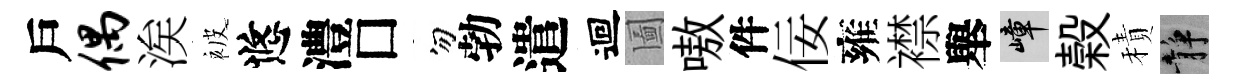
戶偶涘被悠澧□勿勃遣迴圗嗷件佞雍襟舉嶂榖積静